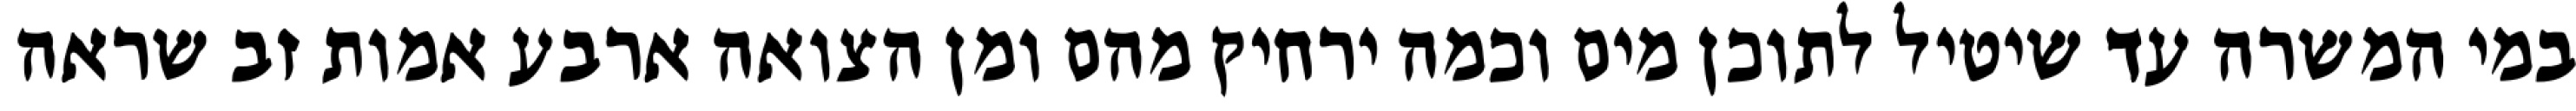
במי המשרה עד שיטיל לתוכן מים וכמה ירחיק מהם ומן הצואה ארבע אמות זב שראה